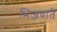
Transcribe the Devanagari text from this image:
भिजवाते